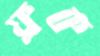
ফ্লক